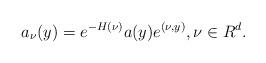
LaTeX: \begin{align*}a_\nu(y)=e^{-H(\nu)}a(y)e^{(\nu,y)}, \nu\in R^d.\end{align*}